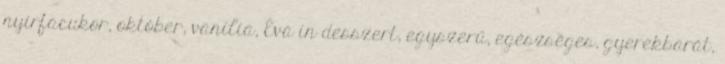
nyírfacukor, október, vanília, Éva in desszert, egyszerű, egészséges, gyerekbarát,